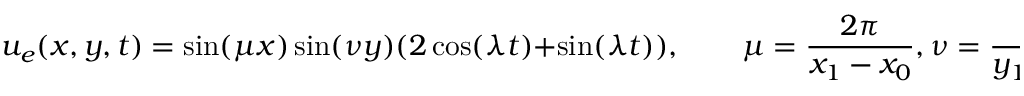
u _ { e } ( x , y , t ) = \sin ( \mu x ) \sin ( \nu y ) ( 2 \cos ( \lambda t ) + \sin ( \lambda t ) ) , \qquad \mu = \frac { 2 \pi } { x _ { 1 } - x _ { 0 } } , \nu = \frac { 2 \pi } { y _ { 1 } - y _ { 0 } } , \lambda = \sqrt { \mu ^ { 2 } + \nu ^ { 2 } } ,